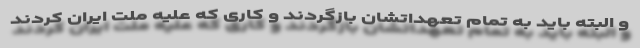
و البته باید به تمام تعهداتشان بازگردند و کاری که علیه ملت ایران کردند